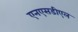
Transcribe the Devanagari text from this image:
एनएसडीएल